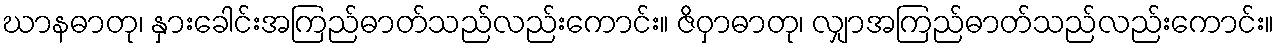
ဃာနဓာတု၊ နှားခေါင်းအကြည်ဓာတ်သည်လည်းကောင်း။ ဇိဝှာဓာတု၊ လျှာအကြည်ဓာတ်သည်လည်းကောင်း။